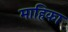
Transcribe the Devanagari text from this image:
माहिका